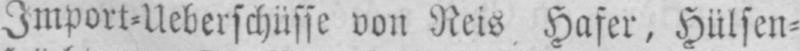
Import⸗Ueberschüsse von Reis Hafer, Hülsen⸗